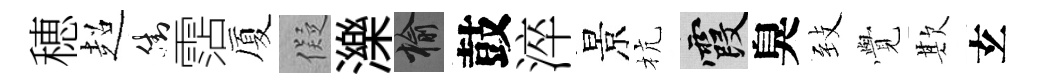
穂超街霑厦儗濼榆鼓淬景杭霞臭𦤺𮗜欺𤣥